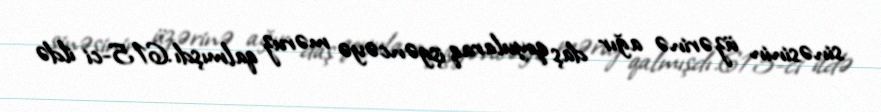
sinəsinin üzərinə ağır daş qoyularaq işgəncəyə məruz qalmışdı.615-ci ildə